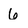
Character: 6